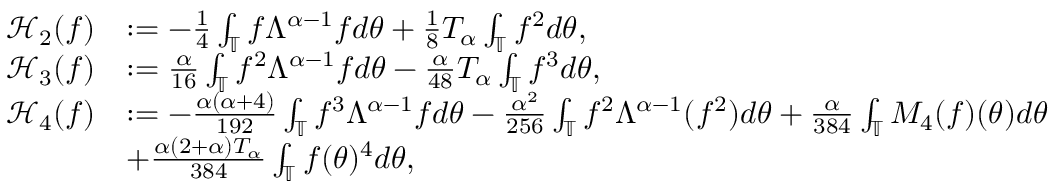
\begin{array} { r l } { \mathcal { H } _ { 2 } ( f ) } & { : = - \frac { 1 } { 4 } \int _ { \mathbb { T } } f \Lambda ^ { \alpha - 1 } f d \theta + \frac { 1 } { 8 } T _ { \alpha } \int _ { \mathbb { T } } f ^ { 2 } d \theta , } \\ { \mathcal { H } _ { 3 } ( f ) } & { : = \frac { \alpha } { 1 6 } \int _ { \mathbb { T } } f ^ { 2 } \Lambda ^ { \alpha - 1 } f d \theta - \frac { \alpha } { 4 8 } T _ { \alpha } \int _ { \mathbb { T } } f ^ { 3 } d \theta , } \\ { \mathcal { H } _ { 4 } ( f ) } & { : = - \frac { \alpha ( \alpha + 4 ) } { 1 9 2 } \int _ { \mathbb { T } } f ^ { 3 } \Lambda ^ { \alpha - 1 } f d \theta - \frac { \alpha ^ { 2 } } { 2 5 6 } \int _ { \mathbb { T } } f ^ { 2 } \Lambda ^ { \alpha - 1 } ( f ^ { 2 } ) d \theta + \frac { \alpha } { 3 8 4 } \int _ { \mathbb { T } } M _ { 4 } ( f ) ( \theta ) d \theta } \\ & { + \frac { \alpha ( 2 + \alpha ) T _ { \alpha } } { 3 8 4 } \int _ { \mathbb { T } } f ( \theta ) ^ { 4 } d \theta , } \end{array}